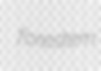
forestem